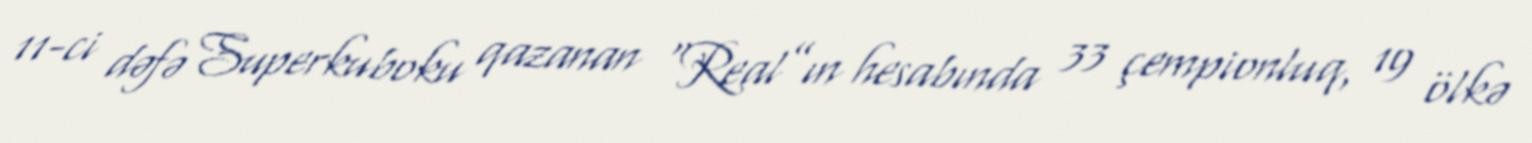
11-ci dəfə Superkuboku qazanan “Real”ın hesabında 33 çempionluq, 19 ölkə